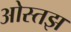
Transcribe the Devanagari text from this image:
ओस्तझ